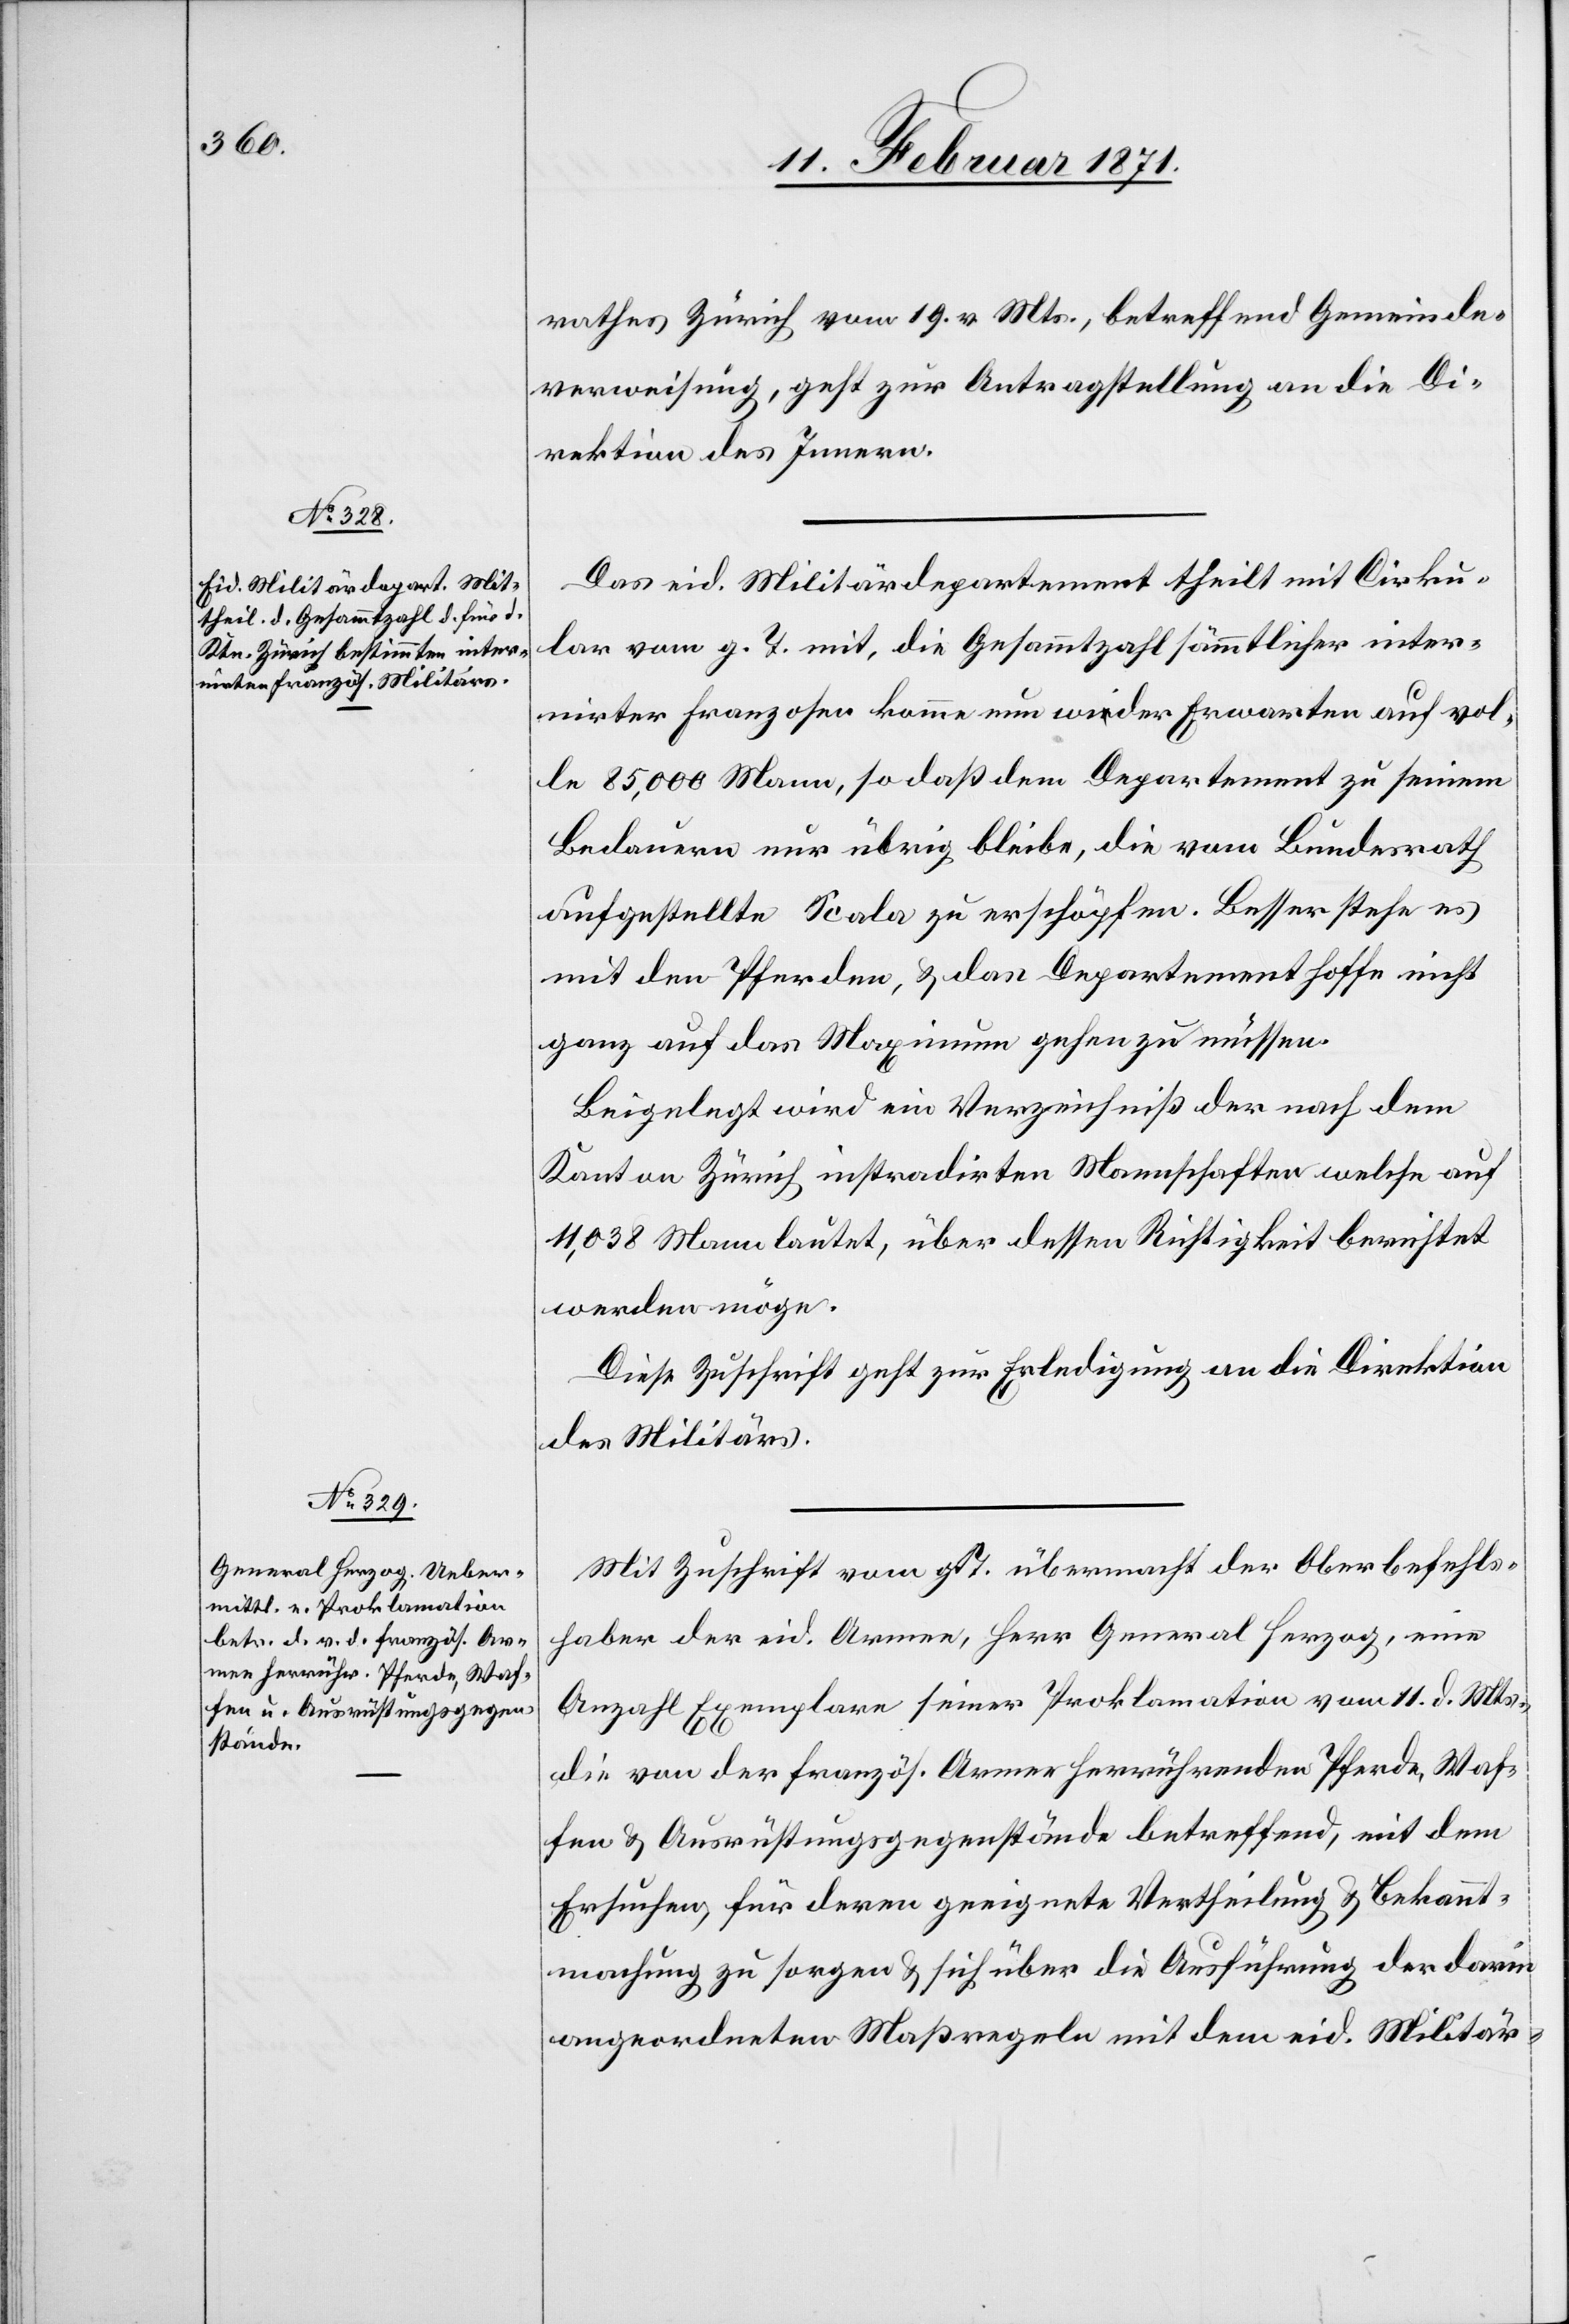
13. Februar 1871.]
rathes Zürich vom 19. v. Mts., betreffend Gemeinde¬
verweisung, geht zur Antragstellung an die Di¬
rektion des Innern.
Das eid. Militärdepartement theilt mit Cirku¬
lar vom g. T. mit, die Gesammtzahl sämmtlicher inter¬
nirter Franzosen komme um wider Erwarten auf vol¬
le 85,000 Mann, so daß dem Departement zu seinem
Bedauern nur übrig bleibe, die vom Bundesrath
aufgestellte Scala zu erschöpfen. Besser stehe es
mit den Pferden, u. das Departement hoffe nicht
ganz auf das Maximum gehen zu müssen.
Beigelegt wird ein Verzeichniß der nach dem
Kanton Zürich instradirten Mannschaften welche auf
11,038 Mann lautet, über dessen Richtigkeit berichtet
werden möge.
Diese Zuschrift geht zur Erledigung an die Direktion
des Militärs.
Mit Zuschrift vom g. T. übermacht der Oberbefehls¬
haber der eid. Armee, Herr General Herzog, eine
Anzahl Exemplare seiner Proklamation vom 11. d. Mts.,
die von der französ. Armee herrührenden Pferde, Waf¬
fen u. Ausrüstungsgegenstände betreffend, mit dem
Ersuchen, für deren geeignet Vertheilung u. Bekannt¬
machung zu sorgen u. sich über die Ausführung der darin
angeordneten Maßregeln mit dem eid. Militär-